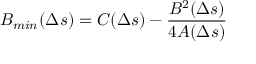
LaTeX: { \cal B } _ { m i n } ( \Delta s ) = C ( \Delta s ) - \frac { B ^ { 2 } ( \Delta s ) } { 4 A ( \Delta s ) }